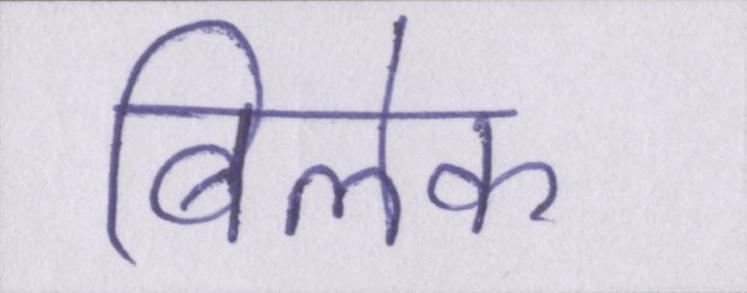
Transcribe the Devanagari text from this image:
बिलेक